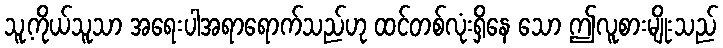
သူ့ကိုယ်သူသာ အရေးပါအရာရောက်သည်ဟု ထင်တစ်လုံးရှိနေ သော ဤလူစားမျိုးသည်